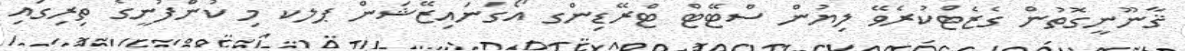
ޤާނޫނީގޮތުން ގެޒެޓްކުރެވޭ ލިޔުން ސްޓޭޓް ޓްރޭޑިންގ އޯގަނައިޒޭޝަން ޕލކ މި ކުންފުނީގެ ތިރިގައި